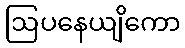
ဩပနေယျိကော